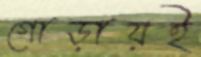
গোড়ায়ই